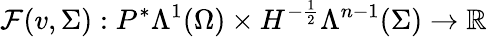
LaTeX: \mathcal{F}(v,\Sigma):P^{\ast}\Lambda^{1}(\Omega)\times H^{-\frac{1}{2}}\Lambda^{n-1}(\Sigma)\to\mathbb{R}